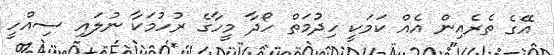
އޭގެ ތެރެއިން އެއް ކަަމަކީ ހިދުމަތް ހޯދާ މީހާގެ ރުހުމަކާ ނުލައި ސިއްހީ